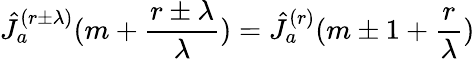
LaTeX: \hat{J}_{a}^{(r\pm\lambda)}(m+\frac{r\pm\lambda}{\lambda})=\hat{J}_{a}^{(r)}(m\pm 1+\frac{r}{\lambda})